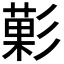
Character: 𭛙